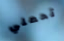
تحملي